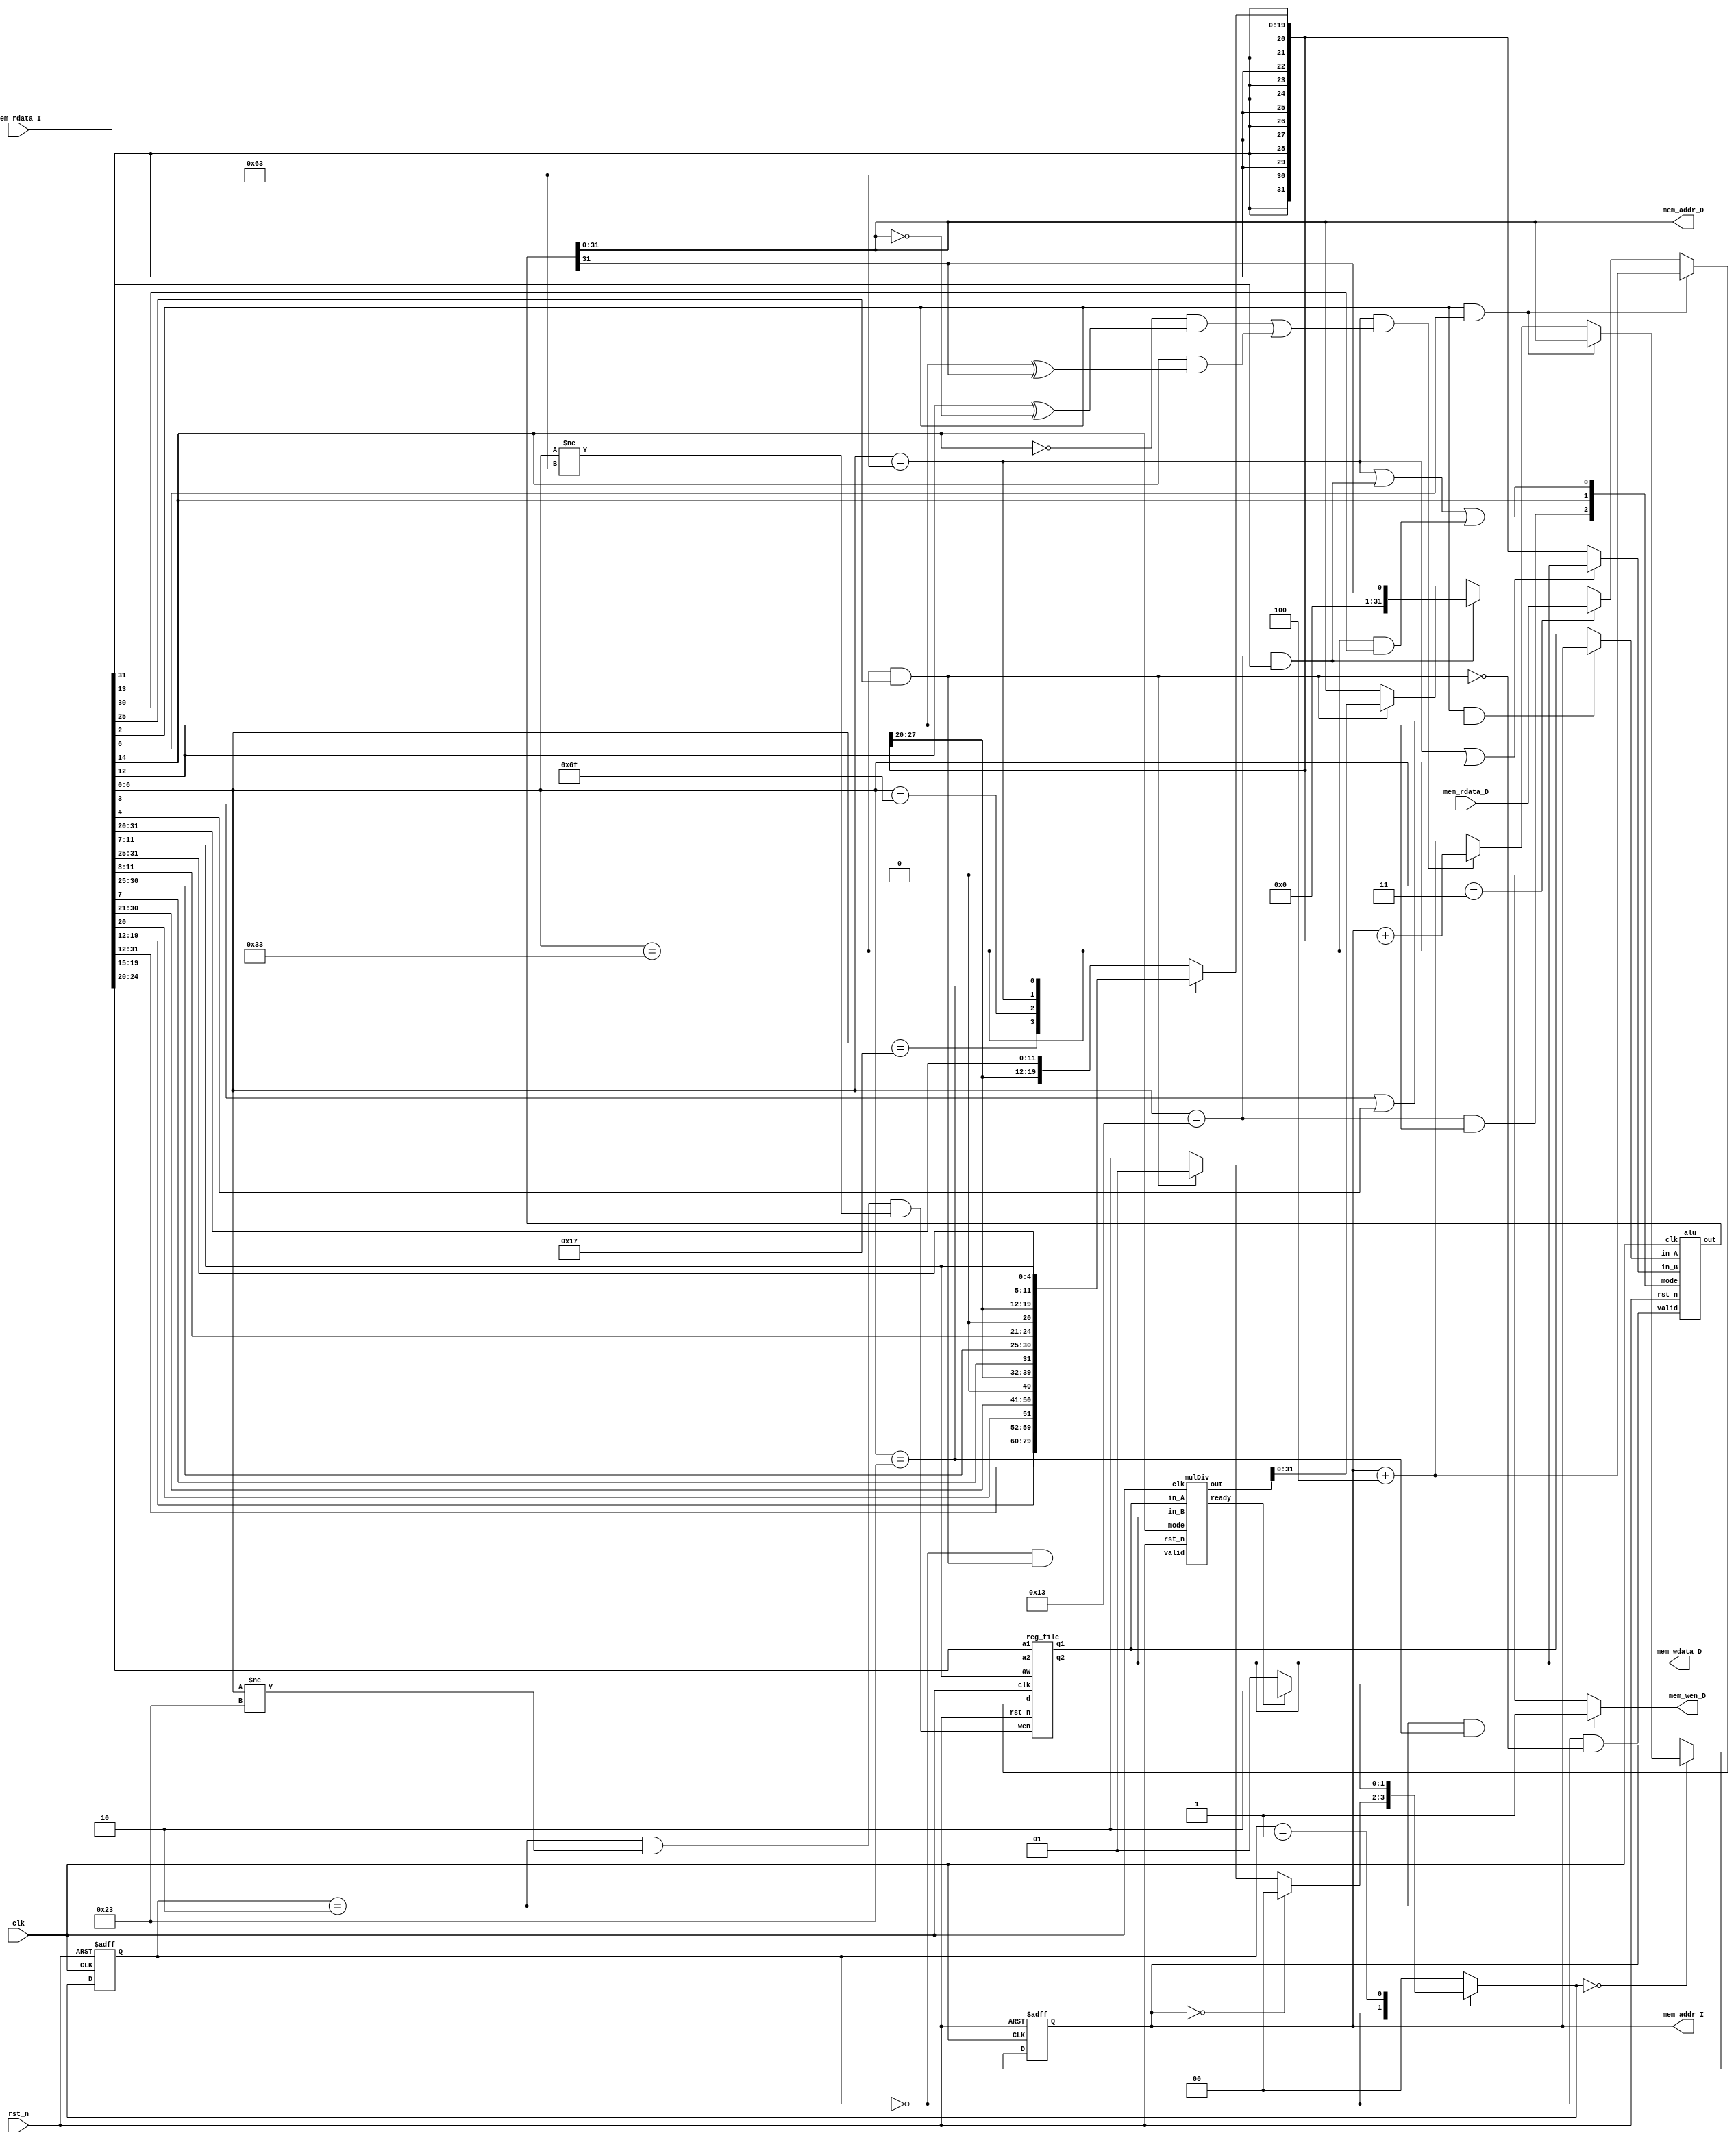
// Your code
module CHIP(clk,
            rst_n,
            // For mem_D
            mem_wen_D,
            mem_addr_D,
            mem_wdata_D,
            mem_rdata_D,
            // For mem_I
            mem_addr_I,
            mem_rdata_I);

    input         clk, rst_n ;
    // For mem_D
    output        mem_wen_D  ;
    output [31:0] mem_addr_D ;
    output [31:0] mem_wdata_D;
    input  [31:0] mem_rdata_D;
    // For mem_I
    output [31:0] mem_addr_I ;
    input  [31:0] mem_rdata_I;
    
    //---------------------------------------//
    // Do not modify this part!!!            //
    // Exception: You may change wire to reg //
    reg    [31:0] PC          ;              //
    wire   [31:0] PC_nxt      ;              //
    wire          regWrite    ;              //
    wire   [ 4:0] rs1, rs2, rd;              //
    wire   [31:0] rs1_data    ;              //
    wire   [31:0] rs2_data    ;              //
    reg    [31:0] rd_data     ;              //
    //---------------------------------------//

    //---------------------------------------//
    // Do not modify this part!!!            //
    reg_file reg0(                           //
        .clk(clk),                           //
        .rst_n(rst_n),                       //
        .wen(regWrite),                      //
        .a1(rs1),                            //
        .a2(rs2),                            //
        .aw(rd),                             //
        .d(rd_data),                         //
        .q1(rs1_data),                       //
        .q2(rs2_data));                      //
    //---------------------------------------//

    // Opcode variables
    parameter OP_AUIPC = 7'b0010111;
    parameter OP_JAL   = 7'b1101111;
    parameter OP_JALR  = 7'b1100111;
    parameter OP_B     = 7'b1100011;
    parameter OP_LW    = 7'b0000011;
    parameter OP_SW    = 7'b0100011;
    parameter OP_I     = 7'b0010011;
    parameter OP_R     = 7'b0110011;

    // State variables
    parameter FETCH = 2'b00;
    parameter AWAIT = 2'b01;
    parameter WRITE = 2'b10;

    // Wires for alu
    wire               alu_valid         ;
    wire        [ 2:0] alu_mode          ;
    wire signed [31:0] alu_in_A, alu_in_B;
    wire signed [32:0] alu_out           ;

    // Wires for mdu
    wire               mdu_valid         ;
    wire               mdu_mode          ;
    wire               mdu_ready         ;
    wire signed [31:0] mdu_in_A, mdu_in_B;
    wire signed [63:0] mdu_out           ;

    // Wires/Regs for instuction
    reg  [31:0] imm   ;
    wire [ 6:0] opcode;
    wire [ 2:0] funct3;
    wire [ 6:0] funct7;

    // Wires for control signals
    wire is_slti      ;
    wire is_sub, is_md;
    wire is_PC, is_rs2; // PC or rs1_data as alu_in_A | rs2_data or imm as alu_in_B
    wire j_en, b_en   ; // jump enable | branch enable

    // Reg for state
    reg  [ 1:0] state, next_state;

    alu alu0(
        .clk(clk),
        .rst_n(rst_n),
        .valid(alu_valid),
        .mode(alu_mode),
        .in_A(alu_in_A),
        .in_B(alu_in_B),
        .out(alu_out));

    mulDiv mdu0(
        .clk(clk),
        .rst_n(rst_n),
        .valid(mdu_valid),
        .ready(mdu_ready),
        .mode(mdu_mode),
        .in_A(mdu_in_A),
        .in_B(mdu_in_B),
        .out(mdu_out));

    // Instruction decode
    assign mem_addr_I = PC;
    assign opcode = mem_rdata_I[ 6: 0];
    assign rd     = mem_rdata_I[11: 7];
    assign funct3 = mem_rdata_I[14:12];
    assign rs1    = mem_rdata_I[19:15];
    assign rs2    = mem_rdata_I[24:20];
    assign funct7 = mem_rdata_I[31:25];

    // Immediate decode
    always @(*) begin
        case (opcode)
            OP_AUIPC: imm = {{12{mem_rdata_I[31]}}, mem_rdata_I[31:12]};
            OP_JAL  : imm = {{11{mem_rdata_I[31]}}, mem_rdata_I[31], mem_rdata_I[19:12], mem_rdata_I[20], mem_rdata_I[30:21], 1'b0};
            OP_B    : imm = {{19{mem_rdata_I[31]}}, mem_rdata_I[31], mem_rdata_I[7], mem_rdata_I[30:25], mem_rdata_I[11:8], 1'b0};
            OP_SW   : imm = {{20{mem_rdata_I[31]}}, mem_rdata_I[31:25], mem_rdata_I[11:7]};
            default : imm = {{20{mem_rdata_I[31]}}, mem_rdata_I[31:20]};
        endcase
    end

    // Control signals
    assign is_slti = opcode == OP_I & funct3[1];
    assign is_sub  = opcode == OP_R & funct7[5];
    assign is_md   = opcode == OP_R & funct7[0];
    assign is_PC   = opcode[2] & (opcode[3] | opcode[4]);
    assign is_rs2  = opcode == OP_B | opcode == OP_R;
    assign j_en    = opcode[2] & opcode[6];
    assign b_en    = opcode == OP_B & ((!funct3[2] & (funct3[0] ^ alu_out[31:0] == 32'd0)) | (funct3[2] & (funct3[0] ^ alu_out[31])));

    // State trasition
    always @(*) begin
        case (state)
            FETCH  : next_state = (mem_addr_I == 32'b0)? FETCH : (is_md)? AWAIT : WRITE;
            AWAIT  : next_state = (mdu_ready)? WRITE : AWAIT;
            WRITE  : next_state = FETCH;
            default: next_state = FETCH;
        endcase
    end

    // ALU control
    assign alu_valid   = state == FETCH & !is_md;
    assign alu_mode[2] = opcode == OP_I & funct3[0]; // shift or not
    assign alu_mode[1] = funct3[2]; // shift left or right
    assign alu_mode[0] = opcode == OP_B | is_slti | is_sub; // sub or not
    assign alu_in_A    = (is_PC)? PC : rs1_data;
    assign alu_in_B    = (is_rs2)? rs2_data : imm;

    // MDU control
    assign mdu_valid = state == FETCH & is_md;
    assign mdu_mode  = funct3[2];
    assign mdu_in_A  = rs1_data;
    assign mdu_in_B  = rs2_data;

    // PC control
    assign PC_nxt = (j_en)? alu_out[31:0] : (b_en)? PC + imm : PC + 32'd4;

    // Register write control
    assign regWrite = (state == WRITE & opcode != OP_SW & opcode != OP_B);
    always @(*) begin
        if (j_en) rd_data = PC + 32'd4;
        else if (opcode == OP_LW) rd_data = mem_rdata_D;
        else if (is_slti) rd_data = {31'd0, alu_out[31]};
        else rd_data = (is_md)? mdu_out[31:0] : alu_out[31:0];
    end

    // Memory write control
    assign mem_wen_D   = (state == WRITE && opcode == OP_SW)? 1'b1 : 1'b0;
    assign mem_addr_D  = alu_out[31:0];
    assign mem_wdata_D = rs2_data;

    // Sequential
    always @(posedge clk or negedge rst_n) begin
        if (!rst_n) begin
            PC <= 32'h00010000; // Do not modify this value!!!
            state <= FETCH;
        end
        else begin
            PC <= (next_state == FETCH)? PC_nxt : PC;
            state <= next_state;
        end
    end
endmodule


module reg_file(clk, rst_n, wen, a1, a2, aw, d, q1, q2);
   
    parameter BITS = 32;
    parameter word_depth = 32;
    parameter addr_width = 5; // 2^addr_width >= word_depth
    
    input clk, rst_n, wen; // wen: 0:read | 1:write
    input [BITS-1:0] d;
    input [addr_width-1:0] a1, a2, aw;

    output [BITS-1:0] q1, q2;

    reg [BITS-1:0] mem [0:word_depth-1];
    reg [BITS-1:0] mem_nxt [0:word_depth-1];

    integer i;

    assign q1 = mem[a1];
    assign q2 = mem[a2];

    always @(*) begin
        for (i=0; i<word_depth; i=i+1)
            mem_nxt[i] = (wen && (aw == i)) ? d : mem[i];
    end

    always @(posedge clk or negedge rst_n) begin
        if (!rst_n) begin
            mem[0] <= 0;
            for (i=1; i<word_depth; i=i+1) begin
                case(i)
                    32'd2: mem[i] <= 32'hbffffff0;
                    32'd3: mem[i] <= 32'h10008000;
                    default: mem[i] <= 32'h0;
                endcase
            end
        end
        else begin
            mem[0] <= 0;
            for (i=1; i<word_depth; i=i+1)
                mem[i] <= mem_nxt[i];
        end       
    end
endmodule


module alu(clk, rst_n, valid, mode, in_A, in_B, out);

    // Ports
    input                clk, rst_n;
    input                valid     ;
    input         [ 2:0] mode      ; // mode: 000:add | 001:sub | 100:shift left | 110:shift right
    input  signed [31:0] in_A, in_B;
    output signed [32:0] out       ;

    // Output logic
    assign out = (mode[2])? (mode[1])? in_A >> in_B : in_A << in_B : (mode[0])? in_A - in_B : in_A + in_B;

endmodule


module mulDiv(clk, rst_n, valid, ready, mode, in_A, in_B, out);

    // Todo: your HW3
    // Definition of ports
    input         clk, rst_n;
    input         valid, mode; // mode: 0: mulu, 1: divu
    output        ready;
    input  [31:0] in_A, in_B;
    output [63:0] out;

// Definition of states
    parameter IDLE = 2'b00;
    parameter MUL  = 2'b01;
    parameter DIV  = 2'b10;
    parameter OUT  = 2'b11;

// Wire and reg
    reg  [ 1:0] state, n_state;
    reg  [ 4:0] cnt;
    reg  [63:0] shreg;
    reg  [31:0] alu_in;

// my reg & wire
    wire [32:0] front_shreg;

// assignments
    assign ready = (cnt == 1'b0 && state==OUT) ? 1'b1 : 1'b0;
    assign out = shreg;
    assign front_shreg = (state==MUL) ? shreg[63:32] + alu_in : shreg[62:31] - alu_in;

// Combinational always block
// FSM
    always @(*) begin
        case(state)
            IDLE: n_state = (valid==1'b1) ? ((mode==1'b0) ? MUL : DIV) : IDLE;
            MUL : n_state = (cnt < 5'd31) ? MUL : OUT;
            DIV : n_state = (cnt < 5'd31) ? DIV : OUT;
            OUT : n_state = IDLE;
            default: n_state = IDLE;
        endcase
    end

// Sequential always block
    always @(posedge clk or negedge rst_n) begin
        if (!rst_n) begin
            state <= IDLE;
            cnt <= 0;
            alu_in <= 0;
            shreg <= 0;
        end
        else begin
            state <= n_state;
            case(state)
                IDLE:begin
                    alu_in <= in_B;
                    shreg <= in_A;
                end
                MUL:begin
                    shreg <= (shreg[0]==1'b0) ? shreg>>1 : {front_shreg , shreg[31:0]} >> 1;
                    cnt <= (cnt < 5'd31) ? cnt + 1'b1 : 1'b0;
                end
                DIV:begin
                    shreg <= (shreg[62:31] < alu_in) ? shreg<<1 : {front_shreg[31:0] , shreg[30:0] , 1'b1};
                    cnt <= (cnt < 5'd31) ? cnt + 1'b1 : 1'b0;
                end
            endcase
        end
    end

endmodule